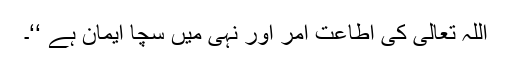
اللہ تعالیٰ کی اطاعت امر اور نہی میں سچا ایمان ہے ‘‘۔